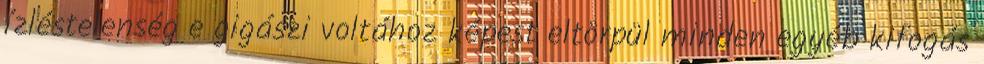
ízléstelenség e gigászi voltához képest eltörpül minden egyéb kifogás